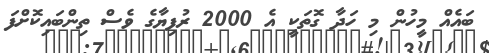
ބައެއް މީހުން މި ހަދާ ގޮތަކީ އެ 2000 ރުފިޔާގެ ވެސް ތިންބައިކޮށްފަ